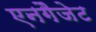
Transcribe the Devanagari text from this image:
एनगैजेट